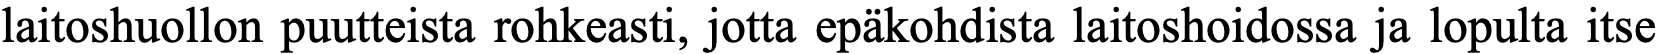
laitoshuollon puutteista rohkeasti, jotta epäkohdista laitoshoidossa ja lopulta itse